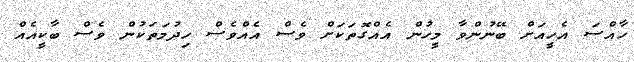
ހާއްސަ އެހީއަށް ބޭނުންވާ މީހުން އެއްގޮތަކަށް ވެސް އެއްވެސް ހިދުމަތަކުން ވެސް ބާކީއެއް